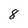
Character: 8